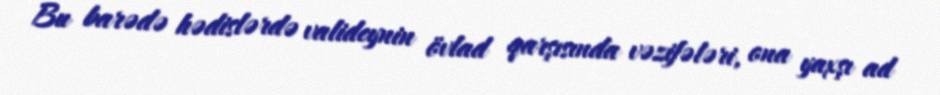
Bu barədə hədislərdə valideynin övlad qarşısında vəzifələri, ona yaxşı ad